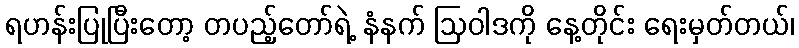
ရဟန်းပြုပြီးတော့ တပည့်တော်ရဲ့ နံနက် ဩဝါဒကို နေ့တိုင်း ရေးမှတ်တယ်၊